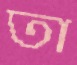
তা